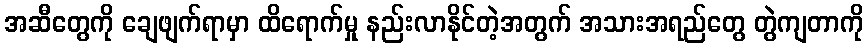
အဆီတွေကို ချေဖျက်ရာမှာ ထိရောက်မှု နည်းလာနိုင်တဲ့အတွက် အသားအရည်တွေ တွဲကျတာကို